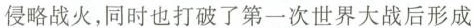
侵略战火，同时也打破了第一次世界大战后形成